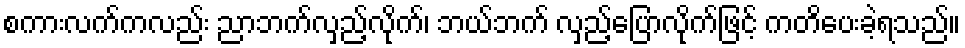
စကားလက်ကလည်း ညာဘက်လှည့်လိုက်၊ ဘယ်ဘက် လှည့်ပြောလိုက်ဖြင့် ကတိပေးခဲ့ရသည်။